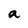
Character: a